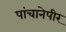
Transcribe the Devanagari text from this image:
पांचानेपीर